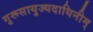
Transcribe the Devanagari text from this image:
गुरूसायुज्यदायिनीम्